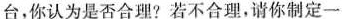
台，你认为是否合理?若不合理，请你制定一